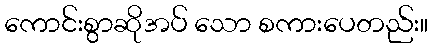
ကောင်းစွာဆိုအပ် သော စကားပေတည်း။